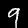
Digit: 9